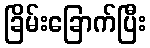
ခြိမ်းခြောက်ပြီး